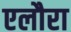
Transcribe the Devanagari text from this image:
एलौरा